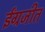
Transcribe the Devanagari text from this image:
ईंग्रजीत